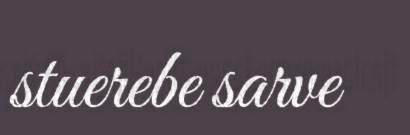
stuerebe sarve